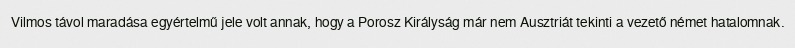
Vilmos távol maradása egyértelmű jele volt annak, hogy a Porosz Királyság már nem Ausztriát tekinti a vezető német hatalomnak.